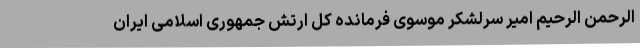
الرحمن الرحیم امیر سرلشکر موسوی فرمانده کل ارتش جمهوری اسلامی ایران